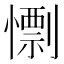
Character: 𢢼